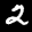
Label: 2